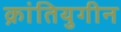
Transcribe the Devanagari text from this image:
क्रांतियुगीन